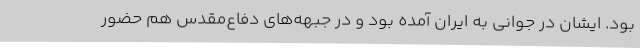
بود. ایشان در جوانی به ایران آمده بود و در جبهه‌های دفاع‌مقدس هم حضور